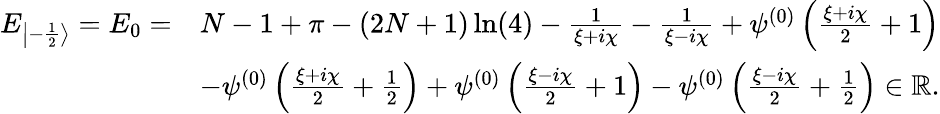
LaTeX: \begin{array}{rl}{E_{\left|-\frac 12\right\rangle}=E_{0}=}&{N-1+\pi-(2N+1)\ln(4)-\frac{1}{\xi+i\chi}-\frac{1}{\xi-i\chi}+\psi^{(0)}\left(\frac{\xi+i\chi}{2}+1\right)}\\ &{-\psi^{(0)}\left(\frac{\xi+i\chi}{2}+\frac{1}{2}\right)+\psi^{(0)}\left(\frac{\xi-i\chi}{2}+1\right)-\psi^{(0)}\left(\frac{\xi-i\chi}{2}+\frac{1}{2}\right)\in\mathbb{R}.}\end{array}